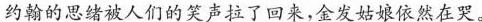
约翰的思绪被人们的笑声拉了回来，金发姑娘依然在哭。